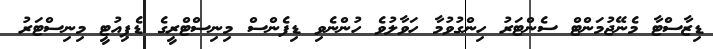
ޑިޒާސްޓާ މެނޭޖުމަންޓް ސެންޓަރު ހިންގުވުމާ ހަވާލުވެ ހުންނެވި ޑިފެންސް މިނިސްޓްރީގެ ޑެޕިއުޓީ މިނިސްޓަރު